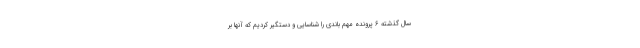
سال گذشته ۶ پرونده مهم باندی را شناسایی و دستگیر کردیم که آنها بر